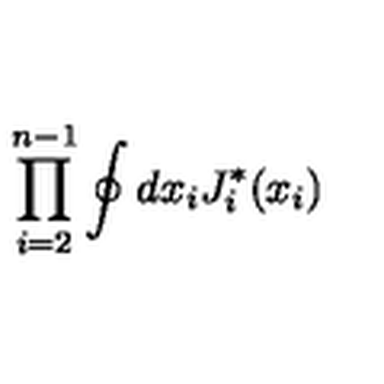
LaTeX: \prod _ { i = 2 } ^ { n - 1 } \oint d x _ { i } J _ { i } ^ { * } ( x _ { i } )